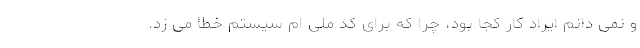
و نمی دانم ایراد کار کجا بود، چرا که برای کد ملی ام سیستم خطا می زد.